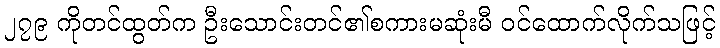
၂၇၉ ကိုတင်ထွတ်က ဦးသောင်းတင်၏စကားမဆုံးမီ ဝင်ထောက်လိုက်သဖြင့်